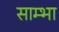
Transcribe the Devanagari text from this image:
साम्भा